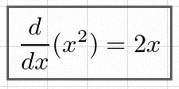
\frac{d}{dx}(x^2)=2x